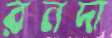
রনদা